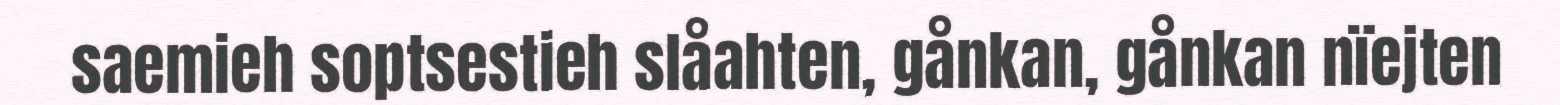
saemieh soptsestieh slåahten, gånkan, gånkan nïejten